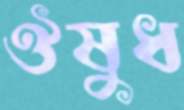
ঔষুধ